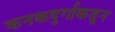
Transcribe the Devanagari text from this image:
कनकदुर्गाकडून